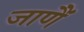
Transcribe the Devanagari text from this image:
जाणैं